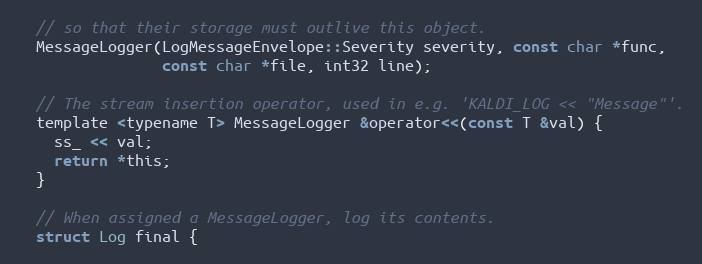
Language: C
  // so that their storage must outlive this object.
  MessageLogger(LogMessageEnvelope::Severity severity, const char *func,
                const char *file, int32 line);

  // The stream insertion operator, used in e.g. 'KALDI_LOG << "Message"'.
  template <typename T> MessageLogger &operator<<(const T &val) {
    ss_ << val;
    return *this;
  }

  // When assigned a MessageLogger, log its contents.
  struct Log final {